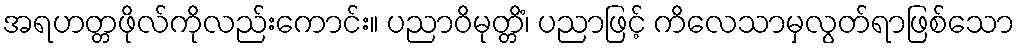
အရဟတ္တဖိုလ်ကိုလည်းကောင်း။ ပညာဝိမုတ္တိံ၊ ပညာဖြင့် ကိလေသာမှလွတ်ရာဖြစ်သော